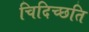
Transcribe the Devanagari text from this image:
चिदिच्छति